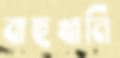
বাহুখানি